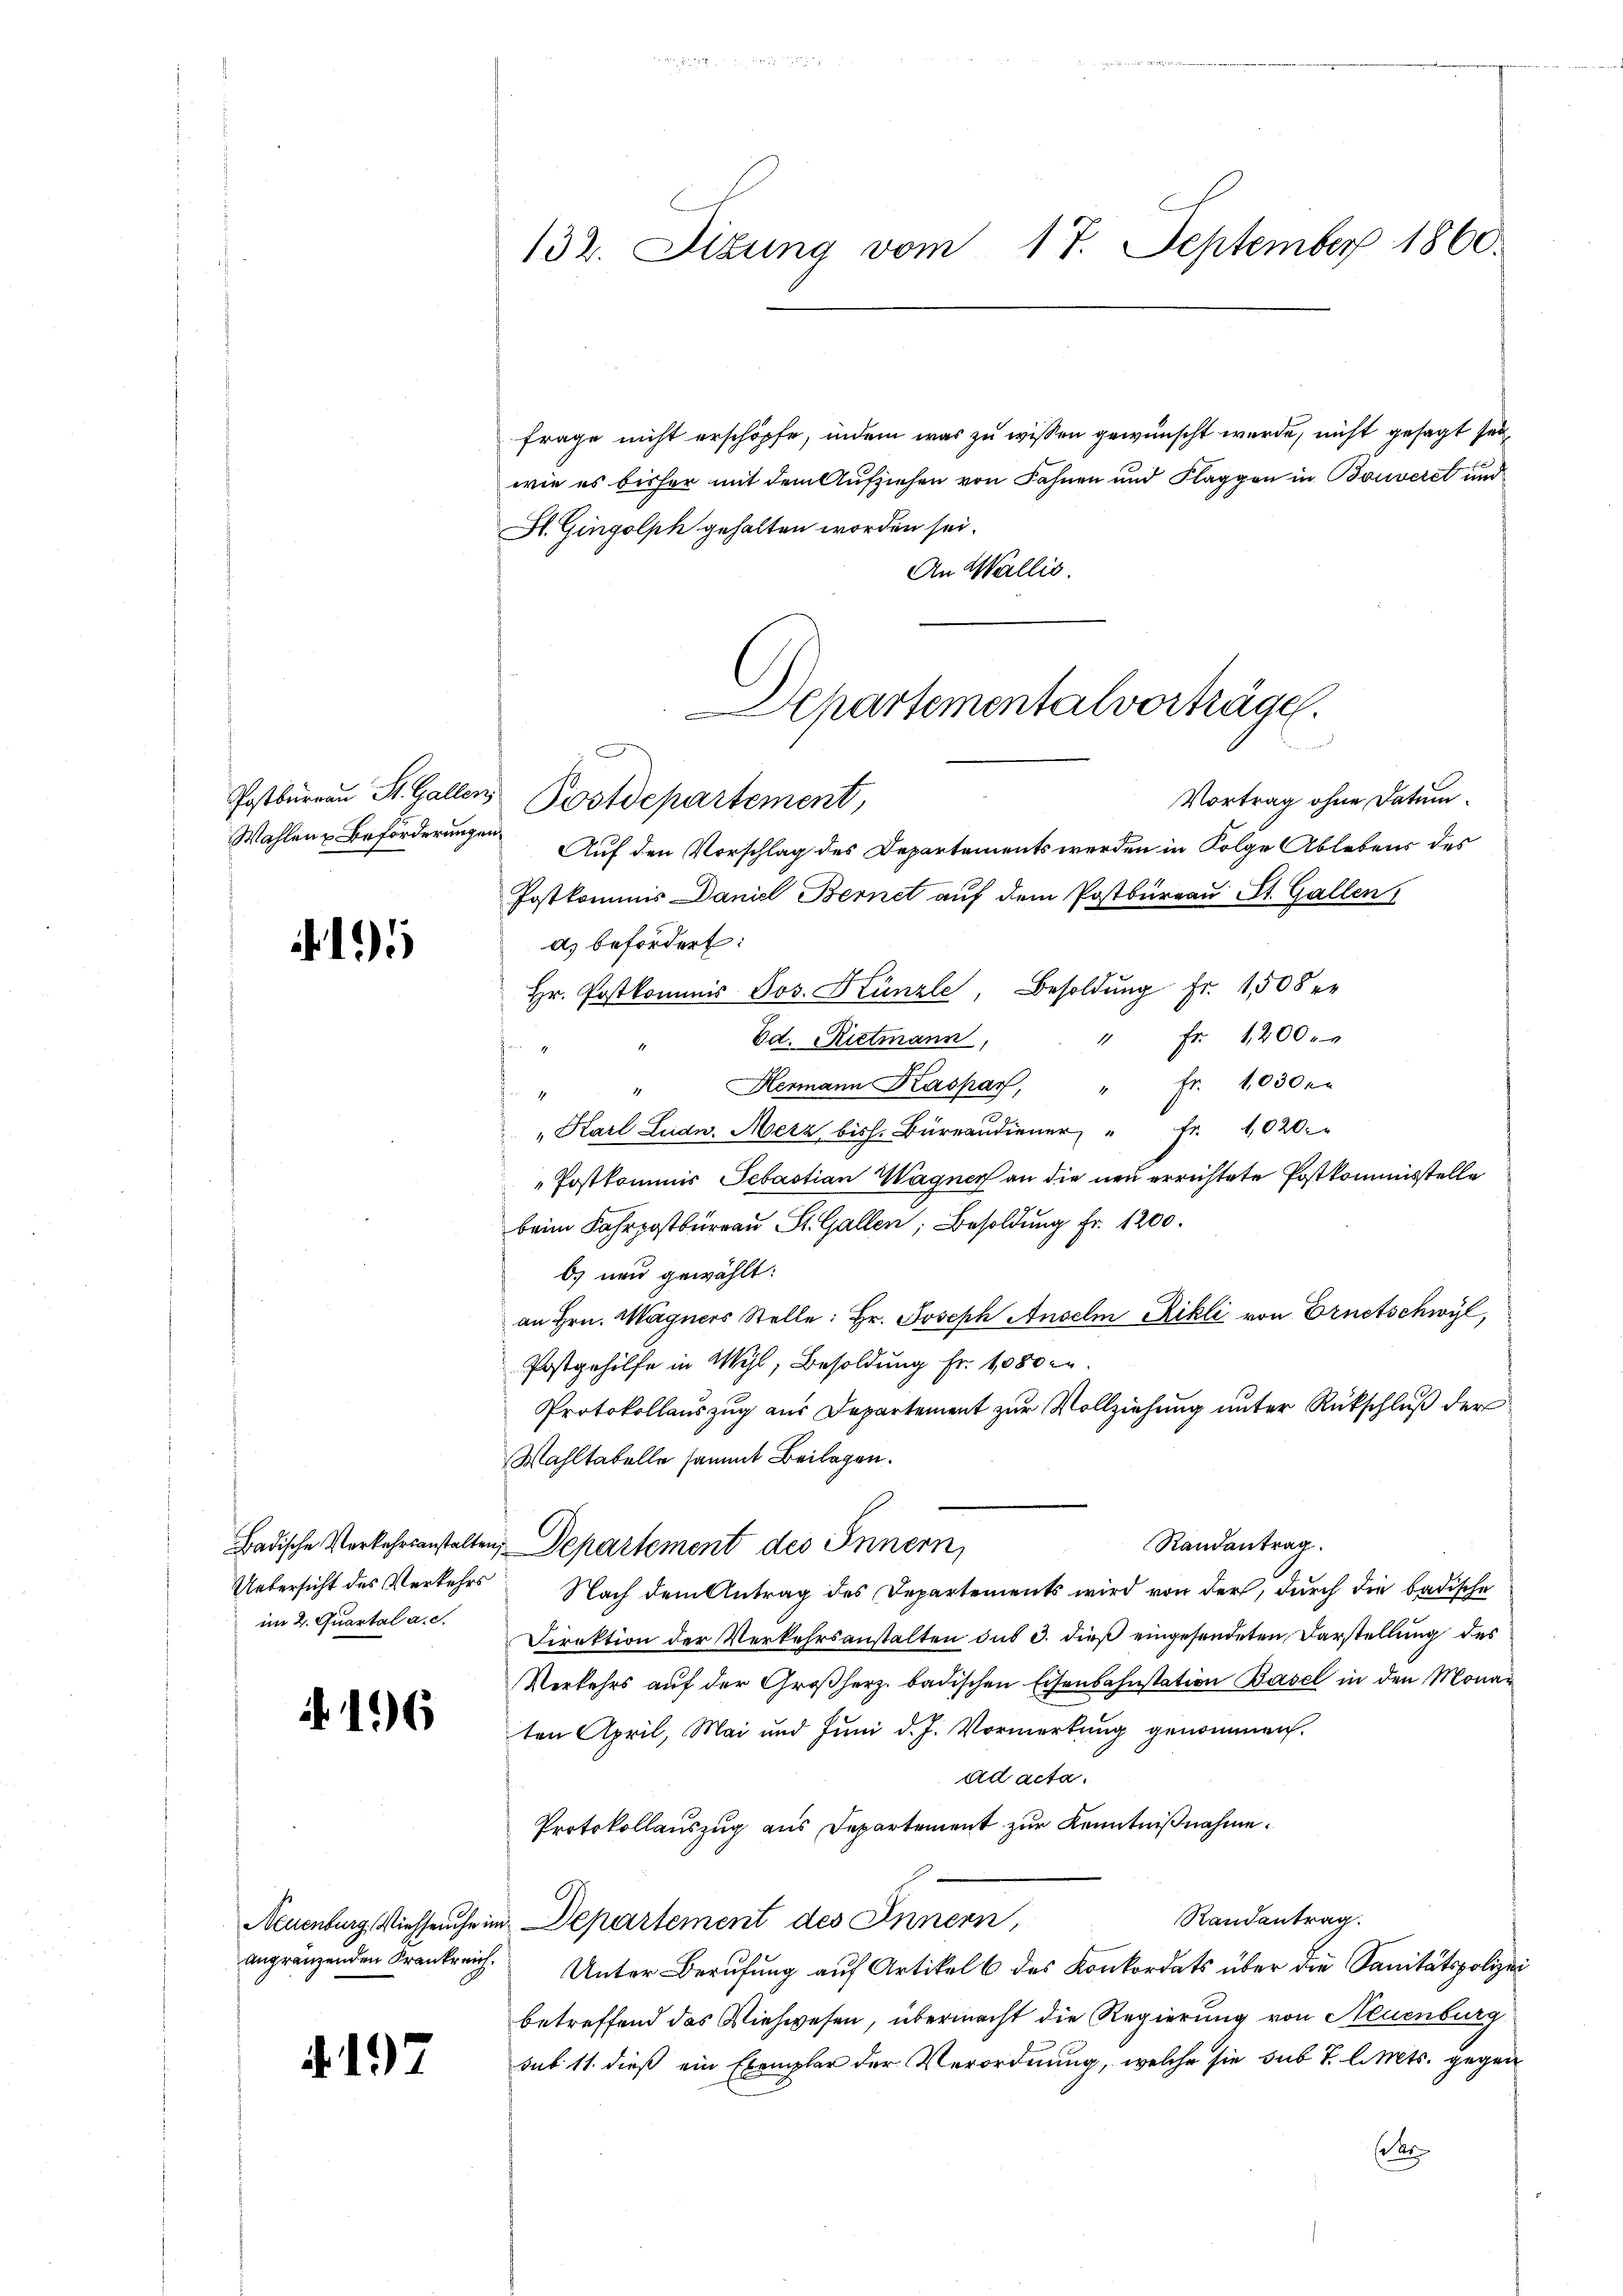
Postbureau St. Gallen,
Wahlen u Beförderunge

1

Badische Verkehrsanstalten,
Uebersicht des Verkehrs
im 2. Quartal a. c.

196

angränzenden Krankreich.

4197

132. Situng vom 17. September 1860.

frage nicht erschöpfe, indem was zu wissen gewünscht werde, nicht gesagt sei
wie es bisher mit dem Aufziehen von Fahnen und Klaggon in Bouveret und
Sl. Gingolph gehalten worden sei.
An Wallis.
Vortrag ohne Datum.
Auf den Vorschlag des Departements werden in Folge Ablebens des
Postkommis Daniel Bernet auf dem Postbureau St. Gallen
d) befördert:
Hr. Postkommis Jos. Künzle, Besoldŭng fr. 1508 er
" fr. 1200.
Ed. Rietmann,
" Hermann Kaspar, " fr. 10300.
n
" Karl Ludw. Merz bish. Büreaudiener " Fr. 1020.
„Postkommis Sebastian Wagner an die neu errichtete Postkommisstelle
beim Fahrpostbürrau St. Gallen; Besoldung Fr. 1200.
b) nur gewählt:
an Hrn. Magners Stelle: Hr. Joseph Anselm Rikli von Ernetschwyl,
Postgehilfe in Wyl, Besoldung Fr. 1080 er
Protokollauszug aus Departement zur Vollziehung unter Rückschluß der
Wahltabelle sammt Beilagen.
Randantrag.
Departement des Innern,
Nach dem Antrag des Departements wird von der, durch die badische
Direktion der Verkehrsanstalten du 3. dieß eingesendeten Darstellung des
Verkehrs auf der Großherz badischen Eisenbahnstation Basel in den Monaten April, Mai und Juni d. J. Vormerkung genommen.
ad acta.
Protokollauszug aus Departement zur Kenntnißnahme.
Randantrag.
Neuenburg Viehseuche in Departement des Innern,
Unter Berufung auf Artikel 6 des Konkordats über die Sanitätspolizei
betreffend das Viehwesen, übermacht die Regierung von Neuenburg
sub 11. dieß ein Exemplar der Verordnung, welche sie sub T. l. Mts. gegen
(der

Departementalvorträge.

Postdepartement,